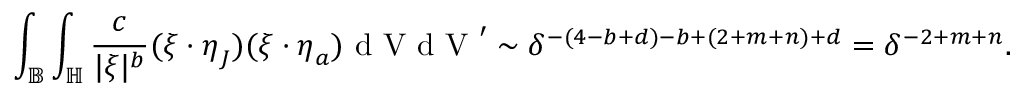
\int _ { \mathbb { B } } \int _ { \mathbb { H } } \frac { c } { | \boldsymbol { \xi } | ^ { b } } ( \boldsymbol { \xi } \cdot \boldsymbol { \eta } _ { J } ) ( \boldsymbol { \xi } \cdot \boldsymbol { \eta } _ { a } ) \textup { d V d V } ^ { \prime } \sim \delta ^ { - ( 4 - b + d ) - b + ( 2 + m + n ) + d } = \delta ^ { - 2 + m + n } .